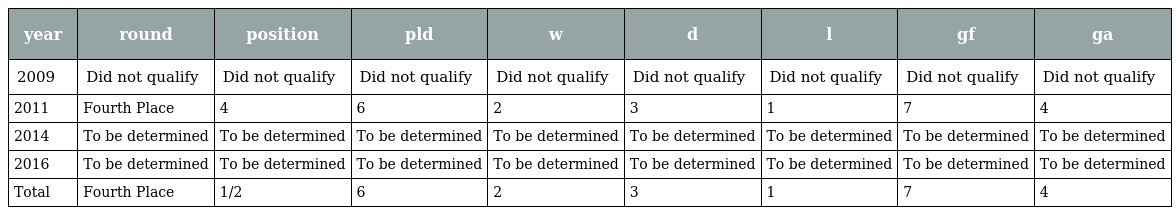
| year | round | position | pld | w | d | l | gf | ga |
 | --- | --- | --- | --- | --- | --- | --- | --- | --- |
 | 2009 | Did not qualify | Did not qualify | Did not qualify | Did not qualify | Did not qualify | Did not qualify | Did not qualify | Did not qualify |
 | 2011 | Fourth Place | 4 | 6 | 2 | 3 | 1 | 7 | 4 |
 | 2014 | To be determined | To be determined | To be determined | To be determined | To be determined | To be determined | To be determined | To be determined |
 | 2016 | To be determined | To be determined | To be determined | To be determined | To be determined | To be determined | To be determined | To be determined |
 | Total | Fourth Place | 1/2 | 6 | 2 | 3 | 1 | 7 | 4 |